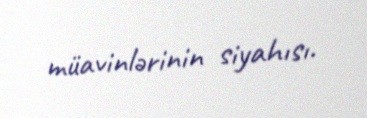
müavinlərinin siyahısı.